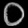
Digit: ၀